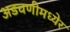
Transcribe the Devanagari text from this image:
अडचणीमध्येर